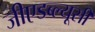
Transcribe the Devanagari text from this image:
जीएडब्ल्यूसी